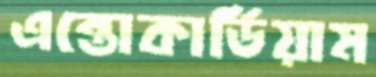
এন্তোকার্ডিয়াম